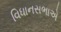
વિધાનસભાએ